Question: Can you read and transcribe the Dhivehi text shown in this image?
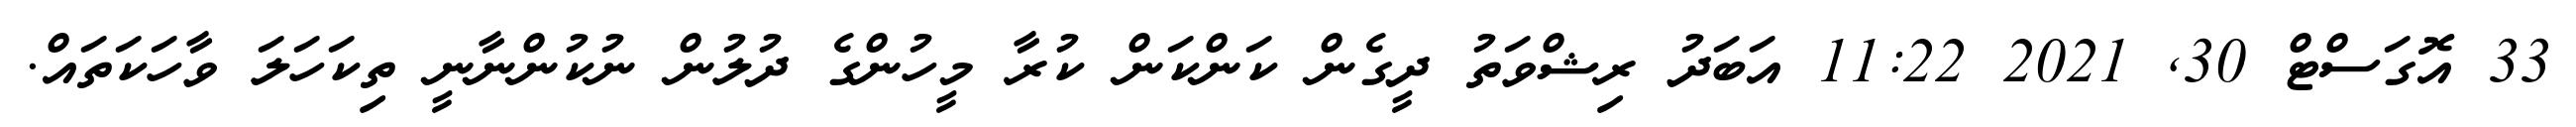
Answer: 33 އޮގަސްޓް 30, 2021 11:22 އަބަދު ރިޝްވަތު ދީގެން ކަންކަން ކުރާ މީހުންގެ ދުލުން ނުކުންނާނީ ތިކަހަލަ ވާހަކަތައް.